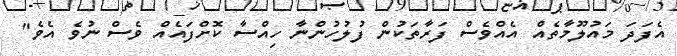
އެފަދަ މައުލޫމާތެއް އެއްވެސް ފަރާތަކުން ފުލުހުންނާ ހިއްސާ ކޮށްފައެއް ވެސް ނުވެ އެވެ"